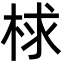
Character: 梂